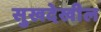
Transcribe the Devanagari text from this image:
सुखदेखील